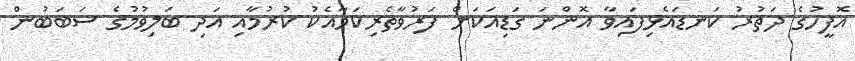
އޮފީހުގެ ދަތުރު ކަނޑައެޅިފައިވާ އޮންނަ ގަޑިއަކަށް ފަރުވާތެރިކަމާއެކު ކުރުމާއި އަދި ބަލިވުމުގެ ސަބަބުން